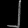
Digit: ၂